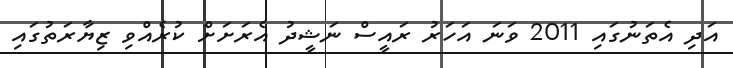
އަދި އެތަނުގައި 2011 ވަނަ އަހަރު ރައީސް ނަޝީދު އެރަށަށް ކުރެއްވި ޒިޔާރަތުގައި